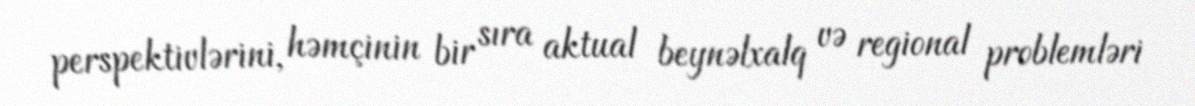
perspektivlərini, həmçinin bir sıra aktual beynəlxalq və regional problemləri